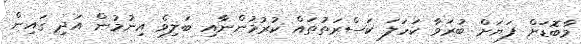
މާބޮޑަށް ފަޔަށް ބުރަވާ ކަހަލަ ކަސްރަތުތައް ކުރުމުންނާއި ބަލިވެ އިނުމުން އަދި ގައިން